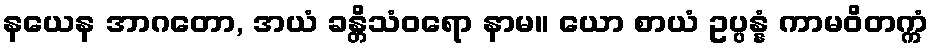
နယေန အာဂတော, အယံ ခန္တိသံဝရော နာမ။ ယော စာယံ ဥပ္ပန္နံ ကာမဝိတက္ကံ